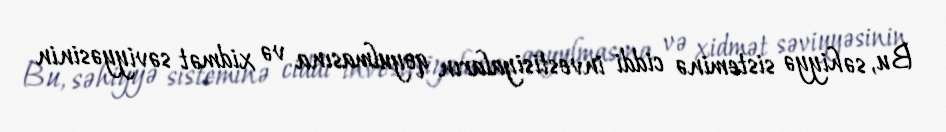
Bu, səhiyyə sisteminə ciddi investisiyaların qoyulmasına və xidmət səviyyəsinin